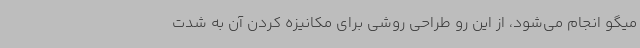
میگو انجام می‌شود، از این رو طراحی روشی برای مکانیزه کردن آن به شدت